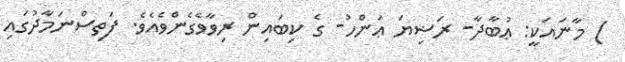
) މާނައަކީ: ޢުބާދާ- ރަޟިޔަ ޢަންހު- ގެ ކިބައިން ރިވާވެގެންވެއެވެ. ފަތިސްނަމާދުގައި